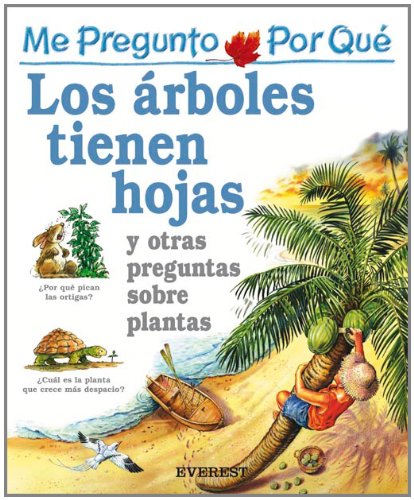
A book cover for Por Que Los Arboles Tienen Hojas? / I Wonder Why Trees have Leaves (Mi Primera Enciclopedia / My First Encyclopedia) (Spanish Edition); Andrew Charman; Reference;